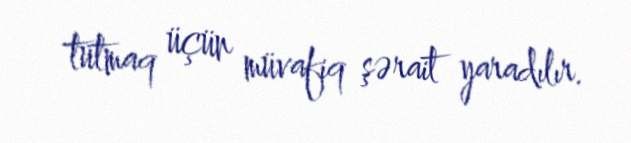
tutmaq üçün müvafiq şərait yaradılır.